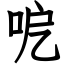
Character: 呝